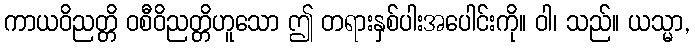
ကာယဝိညတ္တိ ဝစီဝိညတ္တိဟူသော ဤ တရားနှစ်ပါးအပေါင်းကို။ ဝါ၊ သည်။ ယသ္မာ,